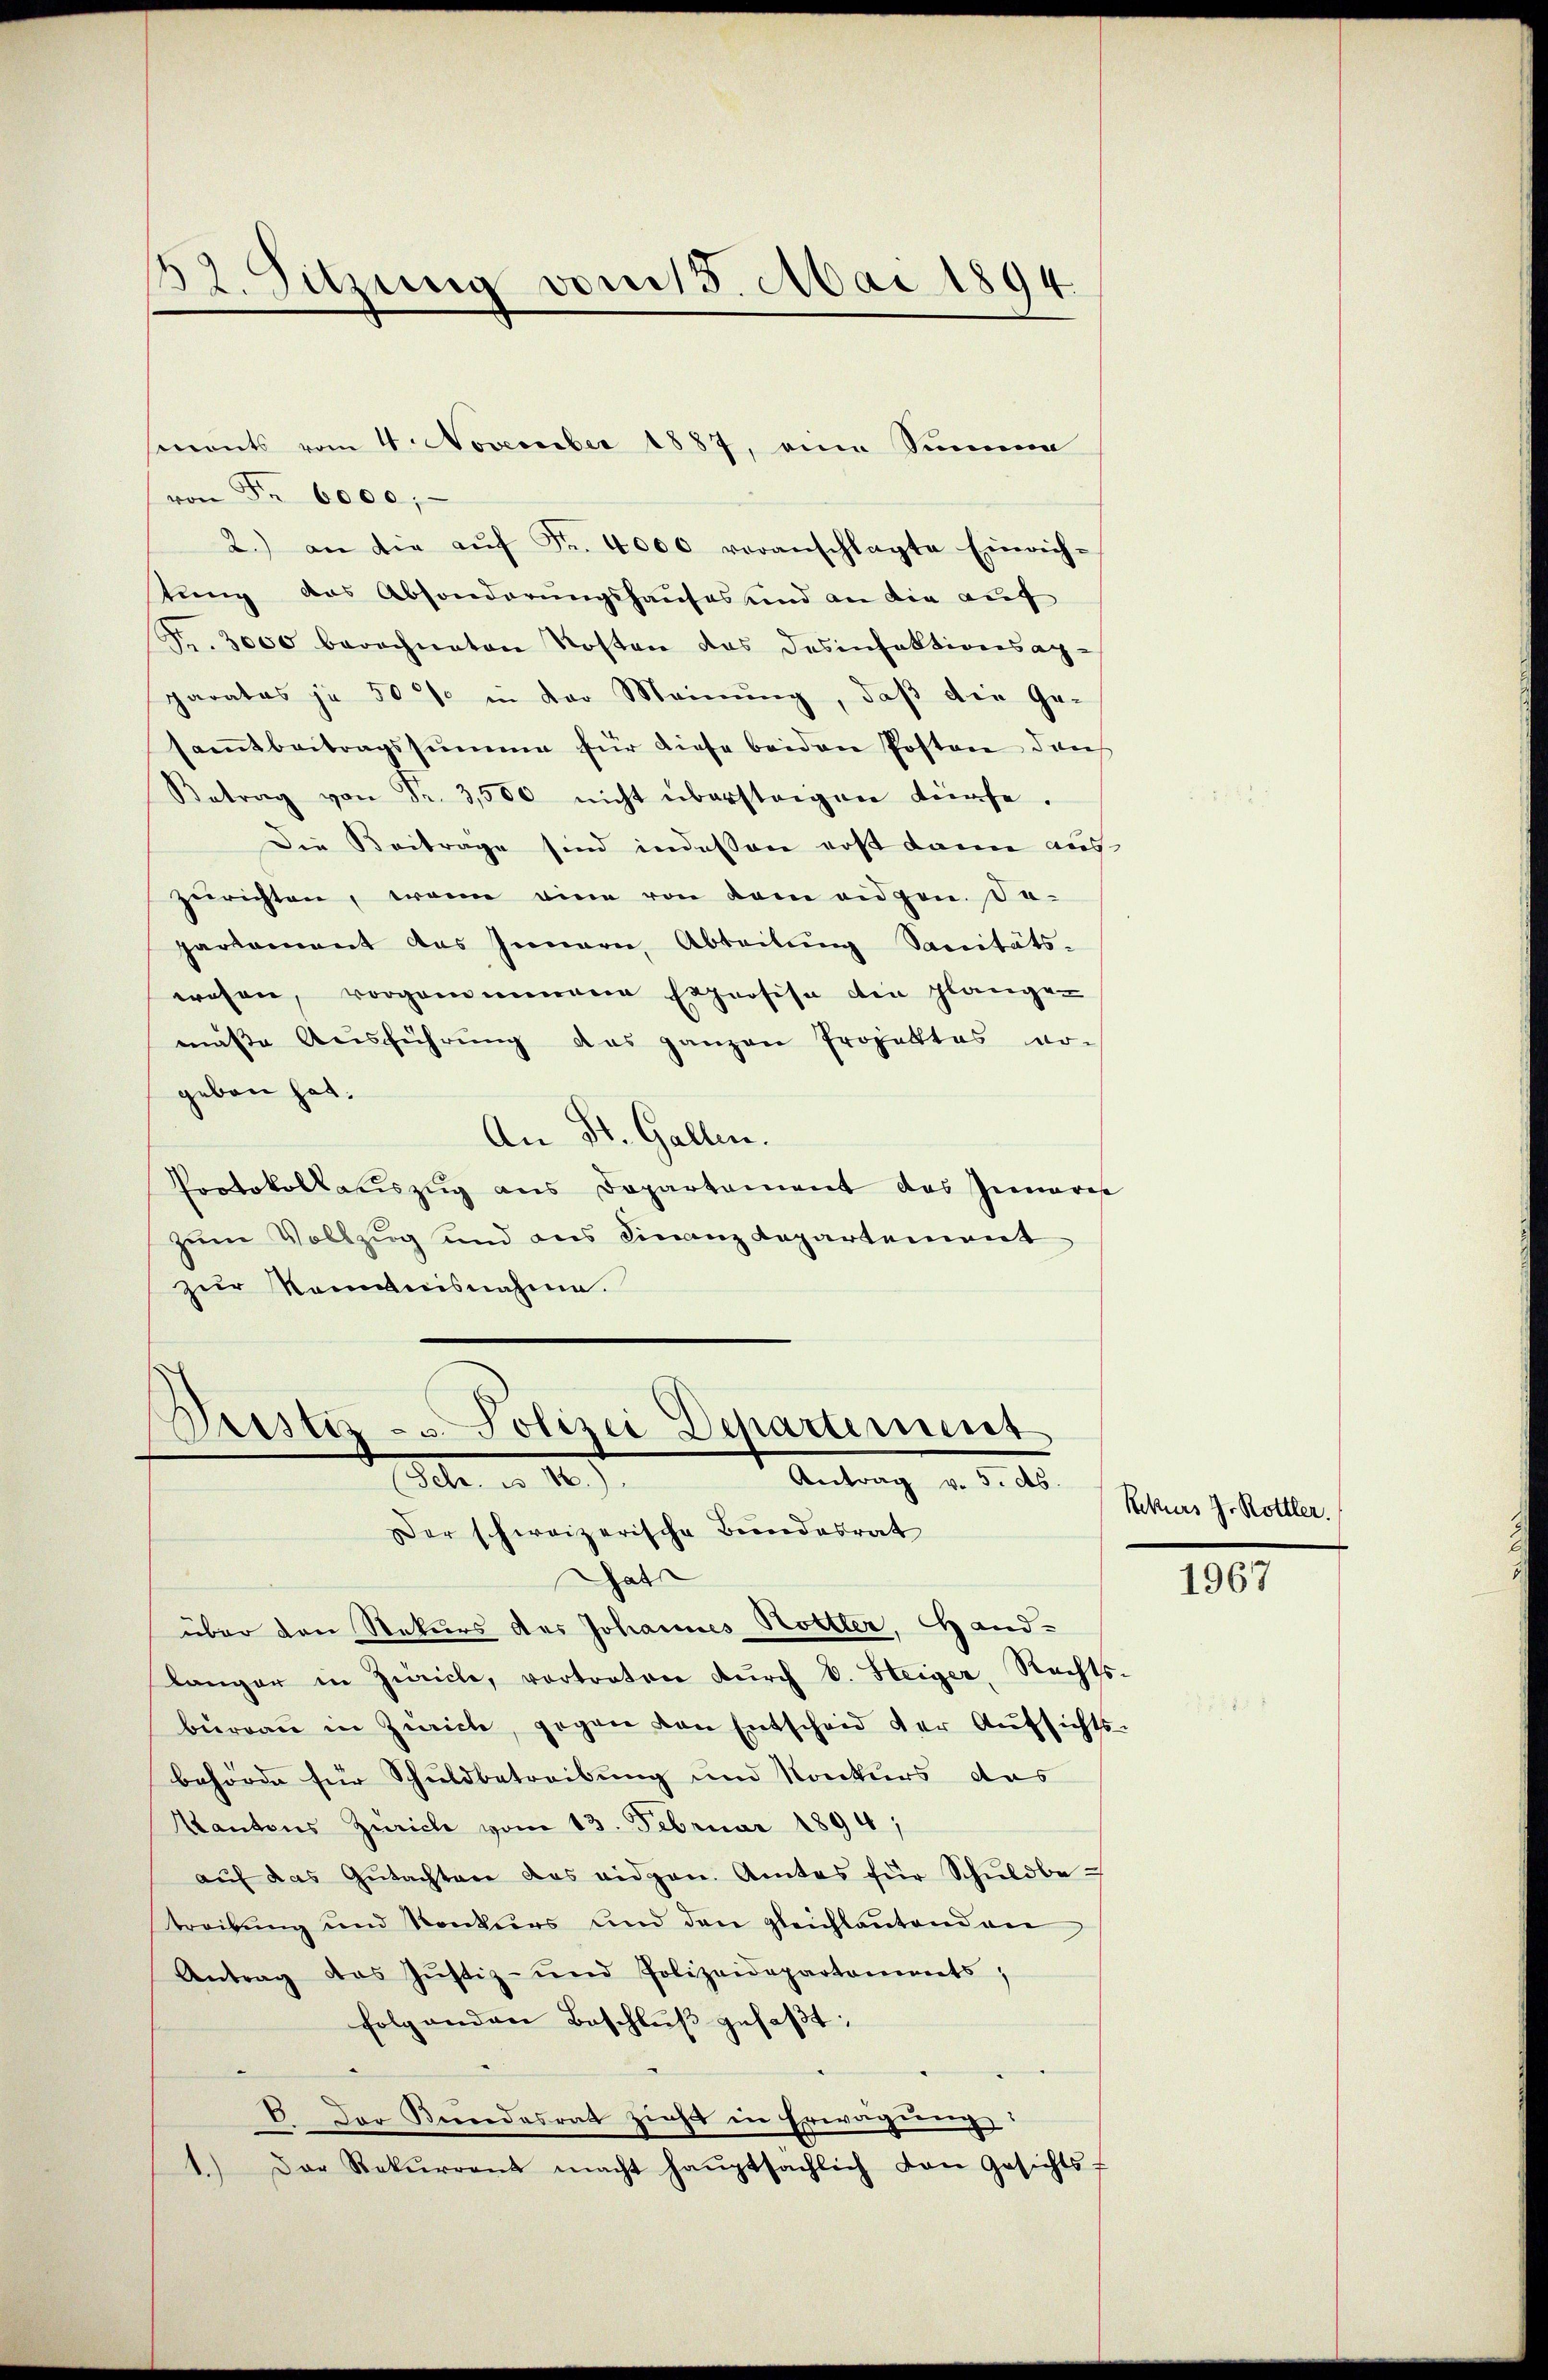
132. Sitzung vom 15. Mai 1894.

sments vom 4. November 1887, eine Summe
von Fr. 6000;
2.) an die aŭf Fr. 4000 voranschlagte Einrich-
tung das Absonderungshauses und an die auf
Fr. 3000 berechneten Kosten das Desinfektionsap-
parates je 50% in der Meinung, daß die Ge-
samtbeitragssumme für diese beiden Posten durch
Betrag von Fr. 3,500 nicht überstagen dürfe.
Die Beitrage sind indessen erst dann aus
zurichten, wenn eine von dem eidgen. Da-
parkament des Innern, Abteilung Sanitäts-
wehen, vorgenommenen Exprosis den plange-
müsse Ausführung das ganzen Projektes vo-
geben hat.
An St. Gallen.
Protokollauszug aus Departement das Inneres
zum Vollzug und aus Finanzdepartement
zur Romanisnahme.

Aristiz- & Polizei Departement
Febr. n. 10.
Antrag v. 5. ds.
Der schweizerische Bundesrat

Gat
über den Rekurs des Johannes Hottler, Hand-
länger in Züricle, vortraten durch E. Steiger, Rechts
büreaŭ in Zürich, gegen von Entscheid der Aufsichts
behörde für Schuldbetreibung und Konkurs das
Kantons Zürich vom 13. Februar 1894;
aŭf das Gŭtachten das eidgen. Amtes für Schŭldbe-
Treibung und Konkurs und den gleichlautenden
Antrag des Jŭstiz- und Polizeidepartements,
folgenden Beschlŭβ gefaßt:
C. Der Bŭndesrat zieht in Erwägŭng:
Der Rekurrent macht haŭptsächlich den Gesichtsf

Rekurs J. Rottler.

.

1967